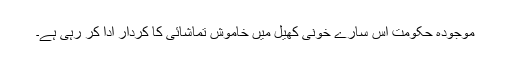
موجودہ حکومت اس سارے خونی کھیل میں خاموش تماشائی کا کردار ادا کر رہی ہے۔